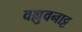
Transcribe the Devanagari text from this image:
वल्लुवनाट्ट